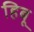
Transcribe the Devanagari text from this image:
हिबू